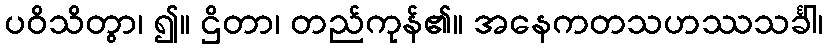
ပဝိသိတွာ၊ ၍။ ဌိတာ၊ တည်ကုန်၏။ အနေကတသဟဿသင်္ခါ၊